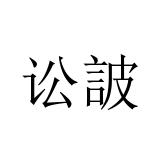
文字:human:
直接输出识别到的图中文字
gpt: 讼詖